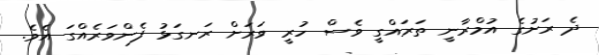
ދެ ރަށުގެ އުމްރާނީ ތަރައްގީ ވެސް ހުރީ ވަރަށް ރަނގަޅު ފެންވަރެއްގަ އެވެ.